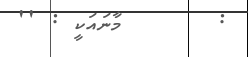
:       މާނައަކީ : ''